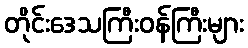
တိုင်းဒေသကြီးဝန်ကြီးများ